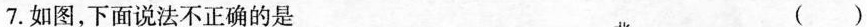
7.如图，下面说法不正确的是 （）